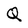
Character: Q